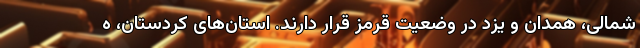
شمالی، همدان و یزد در وضعیت قرمز قرار دارند. استان‌های کردستان، ه